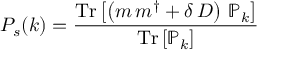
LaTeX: P _ { s } ( k ) = { \frac { \mathrm { T r } \left[ \left( m \, m ^ { \dagger } + \delta \, D \right) \, \mathbb { P } _ { k } \right] } { \mathrm { T r } \left[ \mathbb { P } _ { k } \right] } }